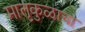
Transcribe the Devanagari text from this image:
मातृकुळाचा